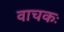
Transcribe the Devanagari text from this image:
वाचकः